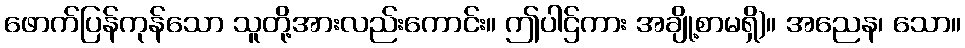
ဖောက်ပြန်ကုန်သော သူတို့အားလည်းကောင်း။ ဤပါဌ်ကား အချို့စာမရှိ)။ အညေန၊ သော။